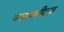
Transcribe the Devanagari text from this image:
जगन्नाथचरितमृत